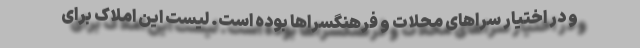
و در اختیار سراهای محلات و فرهنگسراها بوده است. لیست این املاک برای